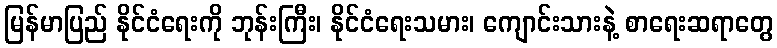
မြန်မာပြည် နိုင်ငံရေးကို ဘုန်းကြီး၊ နိုင်ငံရေးသမား၊ ကျောင်းသားနဲ့ စာရေးဆရာတွေ